Annual report on the lock hospitals of the Madras Presidency
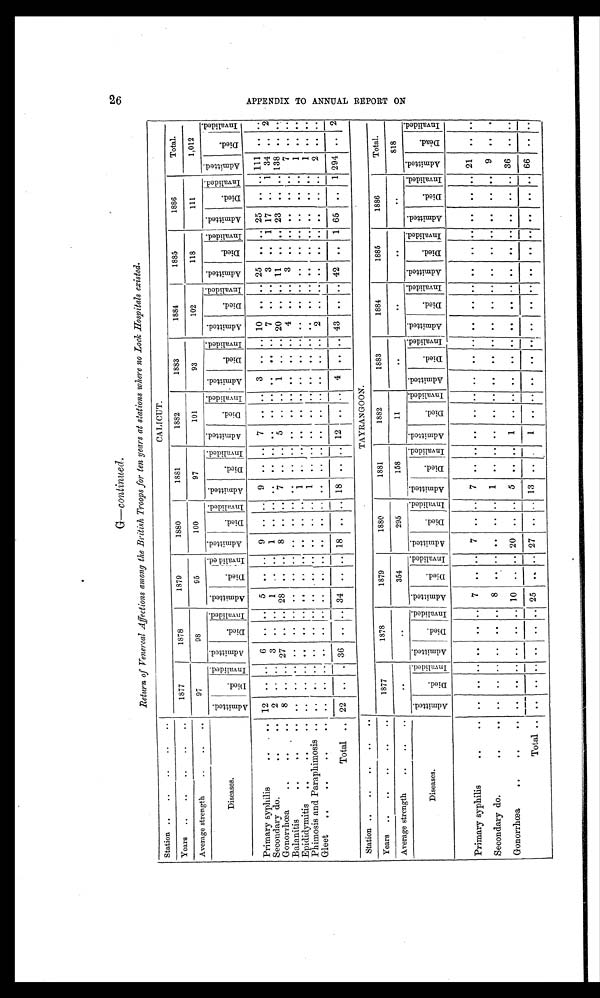
26 APPENDIX TO ANNUAL REPORT ON
G—continued.
Return of Venereal Affections among the British Troops for ten years at stations where no Lock, Hospitals existed.
Station ..
..
..
..
..
CALICUT.
Years ..
..
..
..
..
1877
1878
1879
1880
1 8 8 1 1882
1883
1884
1885
1886
Total.
Average strength
..
..
.
97
98
95
100
97
101
93
102
118
111
1,012
Diseases.
A d m i t t e d .
D i e d .
I n v a l i d e d . A d m i t t e d .
D i e d .
I n v a l i d e d .
A d m i t t e d
.
D i e d .
I n v a l i d e d . A d m i t t e d .
D i e d .
I n v a l i d e d . A d m i t t e d .
D i e d .
I n v a l i d e d . A d m i t t e d .
D i e d .
I n v a l i d e d . A d m i t t e d .
D i e d .
i n v a l i d e d .
A d m i t t e d .
D i e d .
I n v a l i d e d . A d m i t t e d .
D i e d .
I n v a l i d e d . A d m i t t e d .
D i e d .
I n v a l i d e d . A d m i t t e d .
D i e d .
I n v a l i d e d .
Primary syphilis
.. ..
12 .. .. 6
.. 5 . .
. . 9 .. .. 9 .. .. 7 . .
. . 3 .. .. 10 .. .. 25 . . .. 25
. . .. 111 . .
. .
Secondary do.
..
.. 2 . . ..
3 . . . . 1
. . .. 1
. . . . . .
. . ..
. .
. . . . . . . .
. . 7 . . .. 3 . . 1 17 .. 1 34 .. 2
Gonorrhœa
..
..
.. 8 .. .. 27 . . .. 28 . . .. 8 .. .. 7 . . .. 5
. . . . 1
. . . . 20
. . .. 11 . .
. . 23 . . .. 138 . .
. .
Balanitis
.. .. ..
. . .. .. ..
. . . .
. . . . . . . . . . . . . .
. . ..
. .
. . . . . .
. . . . 4
. . .. 3 . .
. . .. . . ..
7 . . . .
Epididymitis ..
..
.. . .
. . . . . .
. . . .
. . . .
. . . .
. .
. . 1 . .
. . . .
. .
. . . .
. .
. . . .
. . .. . .
. .
. . ..
. . .. 1 . .
. .
Phimosis and Paraplimosis .. . .
. . . . . .
. .
. . . .
. . . . . . . . . . 1
. . ..
. .
. . . . . .
. . . . . .
. . ..
. .
. . . . ..
. . .. 1 . .
. .
Gleet ..
..
.. ..
. .
. . . . . .
. . . . . .
. . . . . . . . . . . .
. . ..
. .
. . . . . .
. . . . 2
. . ..
. .
. . . . ..
. . .. 2 . .
. .
Total . . 22 . . . . 36
. . . . 34 .. .. 18 .. . . 18
. . .. 12 .. .. 4 .. .. 43 .. .. 42 .. 1 65 . . 1 294 .. 2
Station ..
..
..
..
. .
TAYRANGOON.
Years ..
..
..
..
..
1877
1878
1879
1880
1881
1882
1883
1884
1885
1886
Total.
Average strength
..
..
..
..
..
354
295
158
11
. .
. .
. .
. . 818
Diseases.
A d m i t t e d .
D i e d .
I n v a l i d e d . A d m i t t e d .
D i e d .
I n v a l i d e d . A d m i t t e d .
D i e d .
I n v a l i d e d . A d m i t t e d .
D i e d .
I n v a l i d e d . A d m i t t e d .
D i e d .
I n v a l i d e d . A d m i t t e d .
D i e d .
I n v a l i d e d . A d m i t t e d .
D i e d .
I n v a l i d e d . A d m i t t e d .
D i e d .
i n v a l i d e d .
A d m i t t e d .
D i e d .
I n v a l i d e d . A d m i t t e d .
D i e d .
i n v a l i d e d . A d m i t t e d .
D i e d .
I n v a l i d e d .
Primary syphilis
..
.. . .
. . . . . .
. . .. 7 . .
. . 7 . . .. 7 . .
. . . .
. . . . . .
. . . . . .
. .
. . . .
. . . . .. . .
. . 21 . .
. .
Secondary do.
..
.. . . .. . . . .
. . .. 8
. .
. . . . ..
. . 1
. . .. ..
. .
. . . .
. .
. . ..
. .
. . . .
. . . . .. . .
. . 9 .. . .
Gonorrhœa
..
..
. .
. . . . . .
. . .. 10 . .
. . 20 .. .. 5
. . .. 1 . .
. . . .
. . . . . .
. .
. . . .
. . .. .. . .
. . 36 .. ..
Total
. .
. .
..
. . . .
. .
..
2 5
. . . .
2 7
1 3 . . . . 1 . .
. . . .
. .
. . . .
. .
. . . .
. . . . .. . .
. . 66 . .
. .